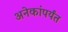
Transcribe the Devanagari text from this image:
अनेकांपर्यंत